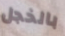
بالخجل